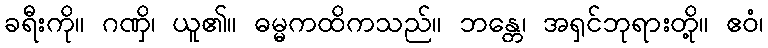
ခရီးကို။ ဂဏှိ၊ ယူ၏။ ဓမ္မကထိကသည်။ ဘန္တေ၊ အရှင်ဘုရားတို့။ ဧဝံ၊